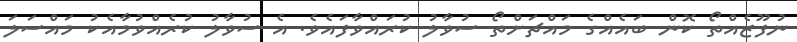
ނުފޫޒެއްތޯ ކޮން ބައެއްގެ މައްޗަށްތޯ ސުވާލު ކުރައްވާފައެވެ. އެ ސުވާލު ކުރެއްވުމާއެކު މައްސަލަ